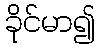
ခိုင်မာ၍